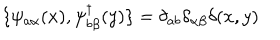
LaTeX: \{ \psi _ { a \alpha } ( x ) , \psi _ { b \beta } ^ { \dagger } ( y ) \} = \delta _ { a b } \delta _ { \alpha \beta } \delta ( x , y )